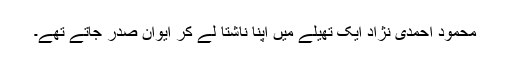
محمود احمدی نژاد ایک تھیلے میں اپنا ناشتا لے کر ایوانِ صدر جاتے تھے۔